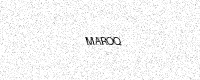
Text: MAROQ